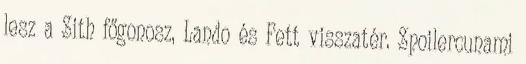
lesz a Sith főgonosz, Lando és Fett visszatér. Spoilercunami